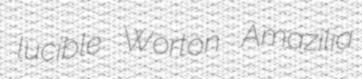
lucible Worton Amazilia